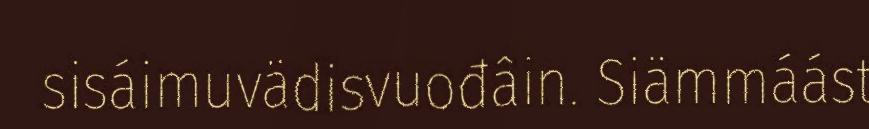
sisáimuvädisvuođâin. Siämmáást